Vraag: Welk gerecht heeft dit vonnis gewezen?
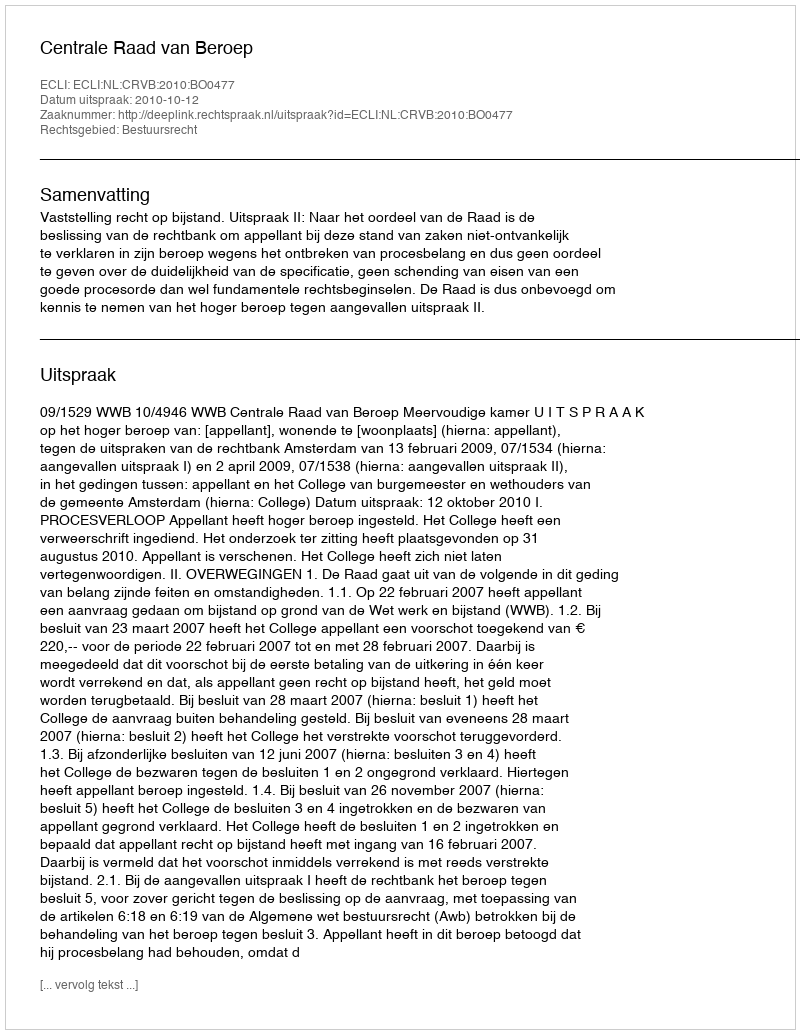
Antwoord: Centrale Raad van Beroep